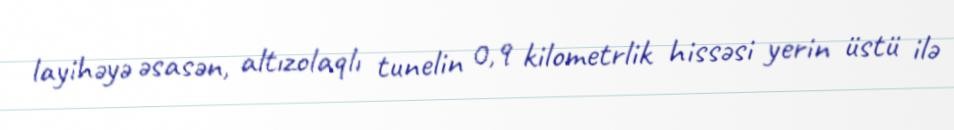
layihəyə əsasən, altızolaqlı tunelin 0,9 kilometrlik hissəsi yerin üstü ilə